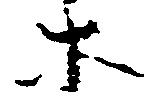
等